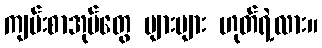
ကျမ်းစာအုပ်တွေ များများ ဟုတ်ရဲ့လား။